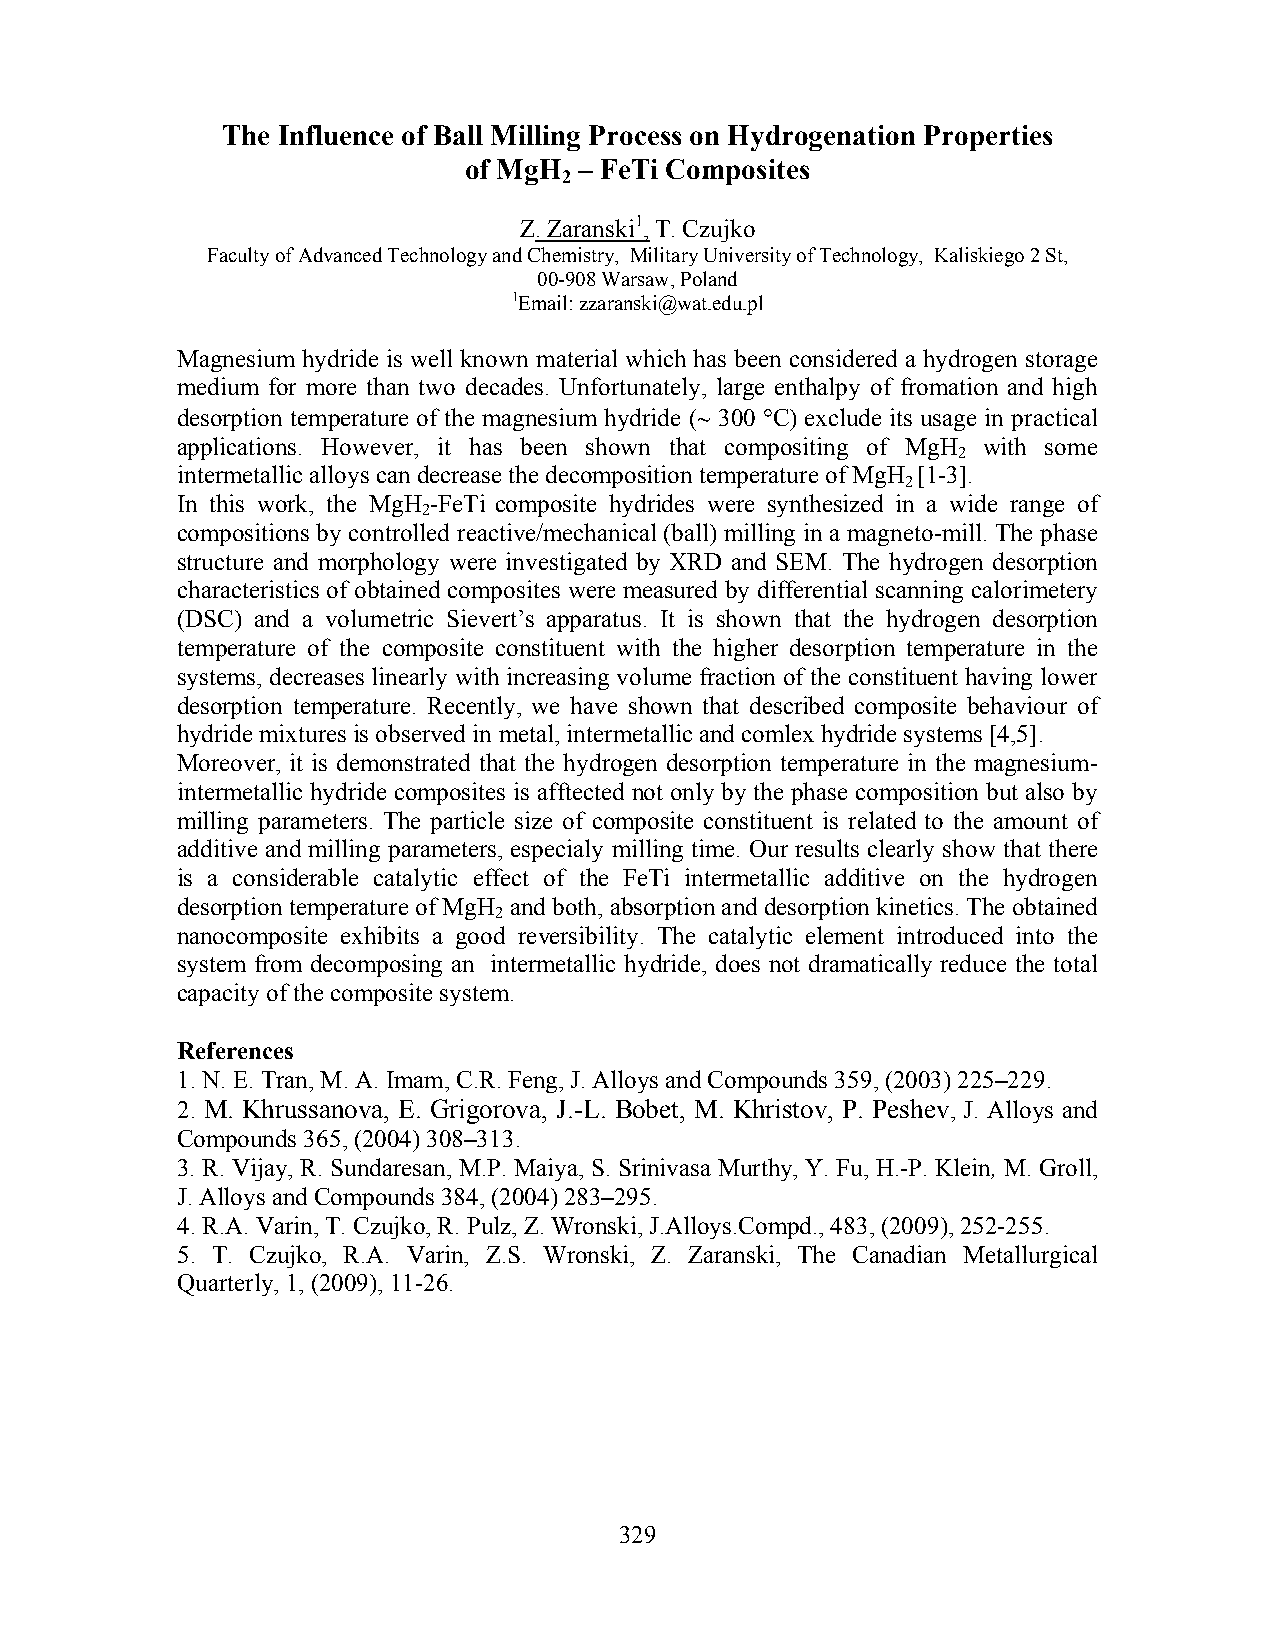
The Influence of Ball Milling Process on Hydrogenation Properties
 of MgH – FeTi Composites
 2
 Z. Zaranski1, T. Czujko
 Faculty of Advanced Technology and Chemistry, Military University of Technology, Kaliskiego 2 St,
 00-908 Warsaw, Poland
 1Email: zzaranski@wat.edu.pl
 Magnesium hydride is well known material which has been considered a hydrogen storage
 medium for more than two decades. Unfortunately, large enthalpy of fromation and high
 desorption temperature of the magnesium hydride (∼ 300 °C) exclude its usage in practical
 applications. However, it has been shown that compositing of MgH with some
 2
 intermetallic alloys can decrease the decomposition temperature of MgH [1-3].
 2
 In this work, the MgH -FeTi composite hydrides were synthesized in a wide range of
 2
 compositions by controlled reactive/mechanical (ball) milling in a magneto-mill. The phase
 structure and morphology were investigated by XRD and SEM. The hydrogen desorption
 characteristics of obtained composites were measured by differential scanning calorimetery
 (DSC) and a volumetric Sievert’s apparatus. It is shown that the hydrogen desorption
 temperature of the composite constituent with the higher desorption temperature in the
 systems, decreases linearly with increasing volume fraction of the constituent having lower
 desorption temperature. Recently, we have shown that described composite behaviour of
 hydride mixtures is observed in metal, intermetallic and comlex hydride systems [4,5].
 Moreover, it is demonstrated that the hydrogen desorption temperature in the magnesium-
 intermetallic hydride composites is afftected not only by the phase composition but also by
 milling parameters. The particle size of composite constituent is related to the amount of
 additive and milling parameters, especialy milling time. Our results clearly show that there
 is a considerable catalytic effect of the FeTi intermetallic additive on the hydrogen
 desorption temperature of MgH and both, absorption and desorption kinetics. The obtained
 2
 nanocomposite exhibits a good reversibility. The catalytic element introduced into the
 system from decomposing an intermetallic hydride, does not dramatically reduce the total
 capacity of the composite system.
 References
 1. N. E. Tran, M. A. Imam, C.R. Feng, J. Alloys and Compounds 359, (2003) 225–229.
 2. M. Khrussanova, E. Grigorova, J.-L. Bobet, M. Khristov, P. Peshev, J. Alloys and
 Compounds 365, (2004) 308–313.
 3. R. Vijay, R. Sundaresan, M.P. Maiya, S. Srinivasa Murthy, Y. Fu, H.-P. Klein, M. Groll,
 J. Alloys and Compounds 384, (2004) 283–295.
 4. R.A. Varin, T. Czujko, R. Pulz, Z. Wronski, J.Alloys.Compd., 483, (2009), 252-255.
 5. T. Czujko, R.A. Varin, Z.S. Wronski, Z. Zaranski, The Canadian Metallurgical
 Quarterly, 1, (2009), 11-26.
 329